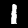
Label: 1